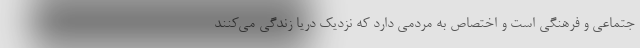
جتماعی و فرهنگی است و اختصاص به مردمی دارد که نزدیک دریا زندگی می‌کنند